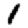
Digit: 1